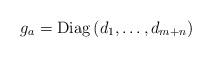
LaTeX: \begin{align*}g_{a} = \operatorname{Diag}\left(d_{1}, \dotsc , d_{m+n} \right)\end{align*}